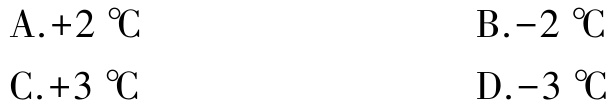
A.$+2\ \degreeCelsius$
B.$-2\ \degreeCelsius$
C.$+3\ \degreeCelsius$
D.$-3\ \degreeCelsius$